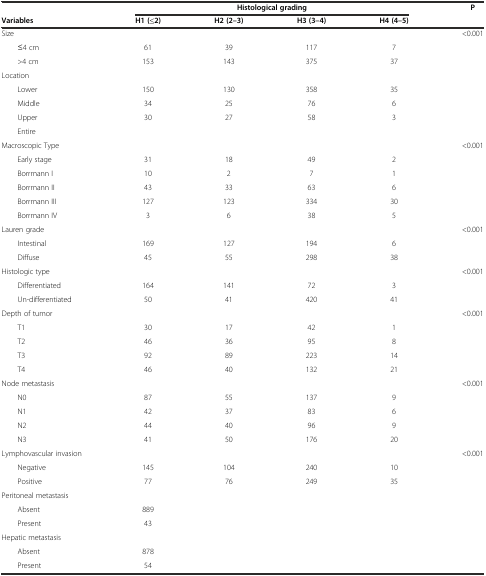
<table><thead><tr><td></td><td colspan="4"><b>Histological grading</b></td><td><b>P</b></td></tr><tr><td><b>Variables</b></td><td><b>H1 (≤2)</b></td><td><b>H2 (2–3)</b></td><td><b>H3 (3–4)</b></td><td><b>H4 (4–5)</b></td><td></td></tr></thead><tbody><tr><td>Size</td><td></td><td></td><td></td><td></td><td>&lt;0.001</td></tr><tr><td>≤4 cm</td><td>61</td><td>39</td><td>117</td><td>7</td><td></td></tr><tr><td>&gt;4 cm</td><td>153</td><td>143</td><td>375</td><td>37</td><td></td></tr><tr><td>Location</td><td></td><td></td><td></td><td></td><td></td></tr><tr><td>Lower</td><td>150</td><td>130</td><td>358</td><td>35</td><td></td></tr><tr><td>Middle</td><td>34</td><td>25</td><td>76</td><td>6</td><td></td></tr><tr><td>Upper</td><td>30</td><td>27</td><td>58</td><td>3</td><td></td></tr><tr><td>Entire</td><td></td><td></td><td></td><td></td><td></td></tr><tr><td>Macroscopic Type</td><td></td><td></td><td></td><td></td><td>&lt;0.001</td></tr><tr><td>Early stage</td><td>31</td><td>18</td><td>49</td><td>2</td><td></td></tr><tr><td>Borrmann I</td><td>10</td><td>2</td><td>7</td><td>1</td><td></td></tr><tr><td>Borrmann II</td><td>43</td><td>33</td><td>63</td><td>6</td><td></td></tr><tr><td>Borrmann III</td><td>127</td><td>123</td><td>334</td><td>30</td><td></td></tr><tr><td>Borrmann IV</td><td>3</td><td>6</td><td>38</td><td>5</td><td></td></tr><tr><td>Lauren grade</td><td></td><td></td><td></td><td></td><td>&lt;0.001</td></tr><tr><td>Intestinal</td><td>169</td><td>127</td><td>194</td><td>6</td><td></td></tr><tr><td>Diffuse</td><td>45</td><td>55</td><td>298</td><td>38</td><td></td></tr><tr><td>Histologic type</td><td></td><td></td><td></td><td></td><td>&lt;0.001</td></tr><tr><td>Differentiated</td><td>164</td><td>141</td><td>72</td><td>3</td><td></td></tr><tr><td>Un-differentiated</td><td>50</td><td>41</td><td>420</td><td>41</td><td></td></tr><tr><td>Depth of tumor</td><td></td><td></td><td></td><td></td><td>&lt;0.001</td></tr><tr><td>T1</td><td>30</td><td>17</td><td>42</td><td>1</td><td></td></tr><tr><td>T2</td><td>46</td><td>36</td><td>95</td><td>8</td><td></td></tr><tr><td>T3</td><td>92</td><td>89</td><td>223</td><td>14</td><td></td></tr><tr><td>T4</td><td>46</td><td>40</td><td>132</td><td>21</td><td></td></tr><tr><td>Node metastasis</td><td></td><td></td><td></td><td></td><td>&lt;0.001</td></tr><tr><td>N0</td><td>87</td><td>55</td><td>137</td><td>9</td><td></td></tr><tr><td>N1</td><td>42</td><td>37</td><td>83</td><td>6</td><td></td></tr><tr><td>N2</td><td>44</td><td>40</td><td>96</td><td>9</td><td></td></tr><tr><td>N3</td><td>41</td><td>50</td><td>176</td><td>20</td><td></td></tr><tr><td>Lymphovascular invasion</td><td></td><td></td><td></td><td></td><td>&lt;0.001</td></tr><tr><td>Negative</td><td>145</td><td>104</td><td>240</td><td>10</td><td></td></tr><tr><td>Positive</td><td>77</td><td>76</td><td>249</td><td>35</td><td></td></tr><tr><td>Peritoneal metastasis</td><td></td><td></td><td></td><td></td><td></td></tr><tr><td>Absent</td><td>889</td><td></td><td></td><td></td><td></td></tr><tr><td>Present</td><td>43</td><td></td><td></td><td></td><td></td></tr><tr><td>Hepatic metastasis</td><td></td><td></td><td></td><td></td><td></td></tr><tr><td>Absent</td><td>878</td><td></td><td></td><td></td><td></td></tr><tr><td>Present</td><td>54</td><td></td><td></td><td></td><td></td></tr></tbody></table>